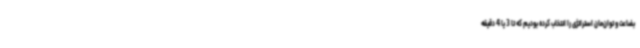
بضاعت و توان‌مان استراتژی را انتخاب کرده بودیم که تا 3 یا 4 دقیقه